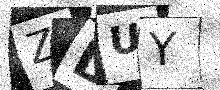
Text: ZDUY